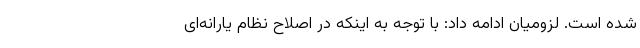
شده است. لزومیان ادامه داد: با توجه به اینکه در اصلاح نظام یارانه‌ای